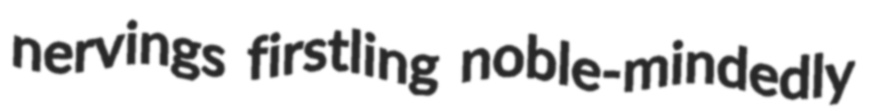
nervings firstling noble-mindedly